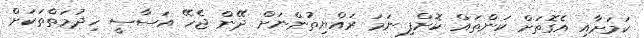
ކަމަށާއި އެގޮތަށް ކަންތައް ކޮށްފި ނަމަ ރައްޔިތުންނަށް ދޭން ޖެހޭ އަސާސީ ހިދުމަތްތަކަށް